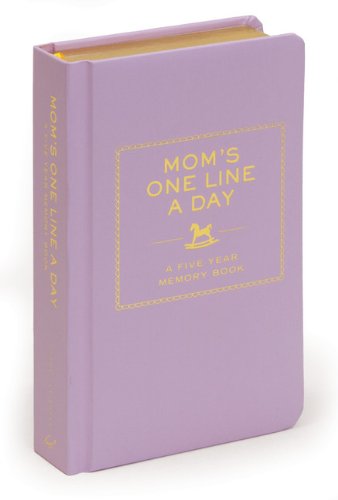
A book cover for Mom's One Line a Day: A Five-Year Memory Book; Chronicle Books LLC; Parenting & Relationships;